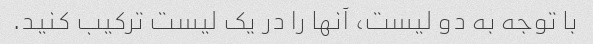
با توجه به دو لیست، آنها را در یک لیست ترکیب کنید.